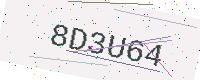
Text: 8D3U64